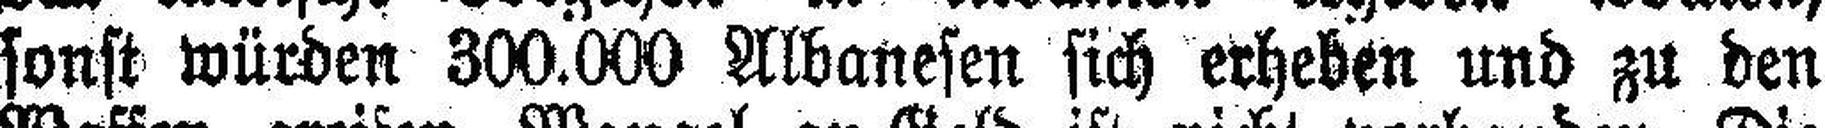
sonst würden 300.000 Albanesen sich erheben und zu den